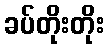
ခပ်တိုးတိုး